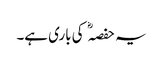
یہ حفصہ کی باری ہے۔